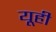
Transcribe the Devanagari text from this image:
यूही